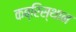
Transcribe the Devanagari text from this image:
कब्रिस्थान